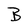
Character: B